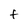
Character: F